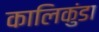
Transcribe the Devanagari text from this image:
कालिकुंडा